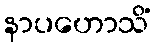
နာပဟောသိံ